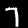
Digit: 7